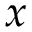
x